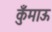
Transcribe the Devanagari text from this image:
कुँमाऊ